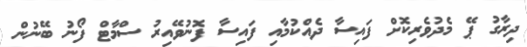
ދިރާގު ޕޭ މެދުވެރިކޮށް ފައިސާ ދެއްކުމާއި ފައިސާ ފޮނުވޭއިރު ސްމާޓް ފޯނު ބޭނުން